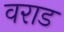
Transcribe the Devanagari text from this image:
वराड